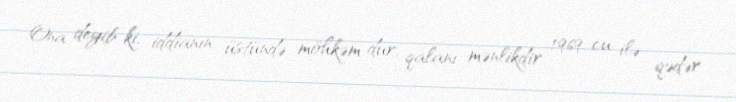
Ona deyib ki, iddianın üstündə möhkəm dur, qalanı mənlikdir 1969-cu ilə qədər